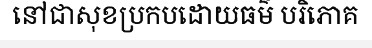
នៅជាសុខប្រកបដោយធម៌ បរិភោគ